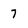
Character: 7